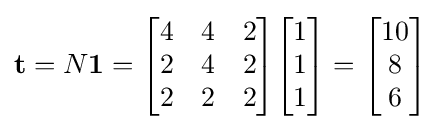
\mathbf {t} =N\mathbf {1} ={\begin{bmatrix}4&4&2\\2&4&2\\2&2&2\end{bmatrix}}{\begin{bmatrix}1\\1\\1\end{bmatrix}}={\begin{bmatrix}10\\8\\6\end{bmatrix}}